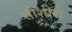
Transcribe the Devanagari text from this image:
सीशीरो